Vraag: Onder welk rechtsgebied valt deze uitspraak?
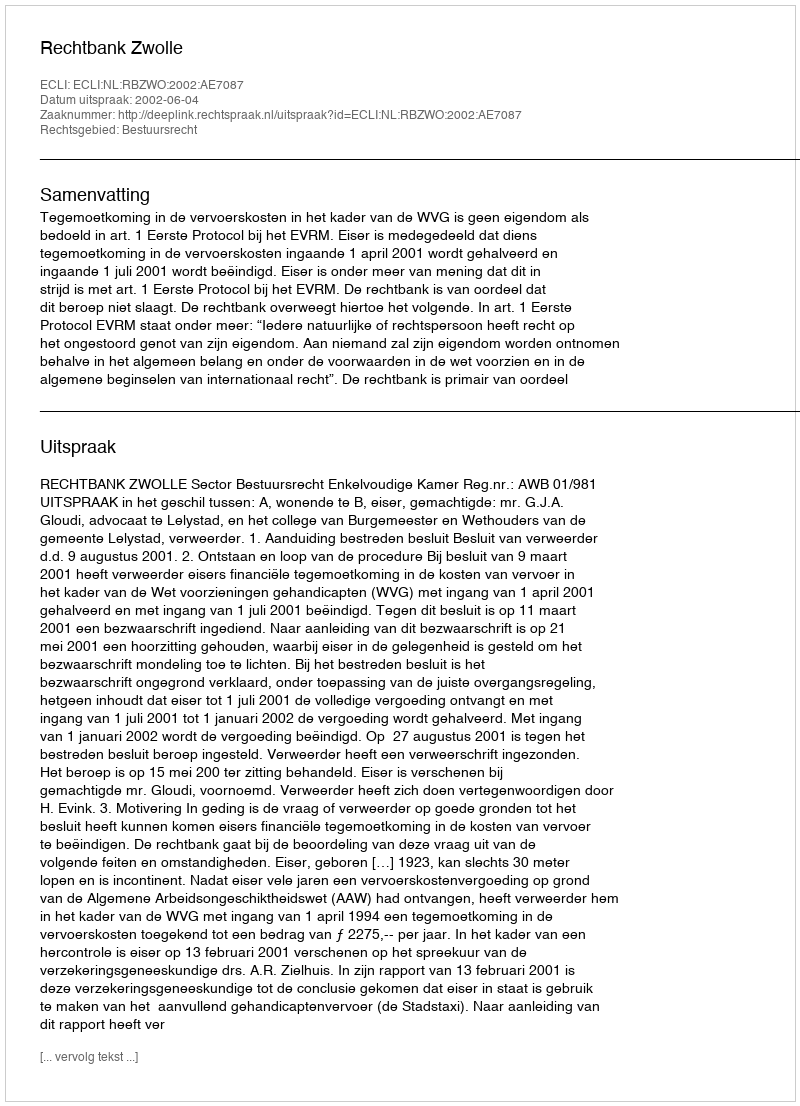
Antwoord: Bestuursrecht